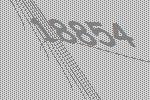
18854